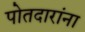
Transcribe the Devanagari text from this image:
पोतदारांना